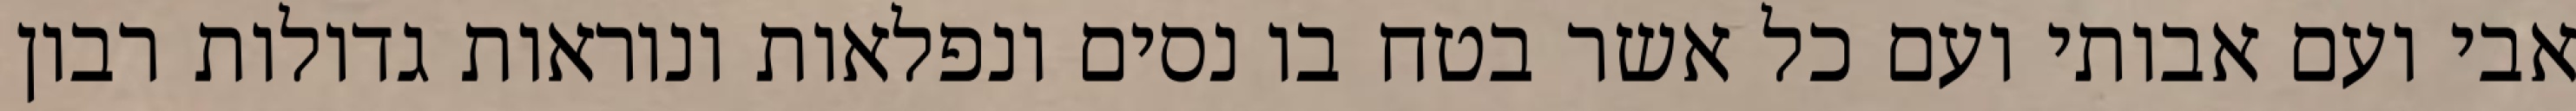
אבי ועם אבותי ועם כל אשר בטח בו נסים ונפלאות ונוראות גדולות רבון